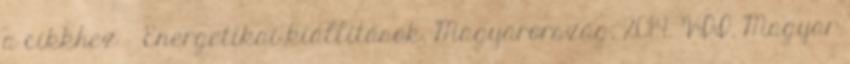
a cikkhez → Energetikai kiállítások. Magyarország, 2014. VII. Magyar